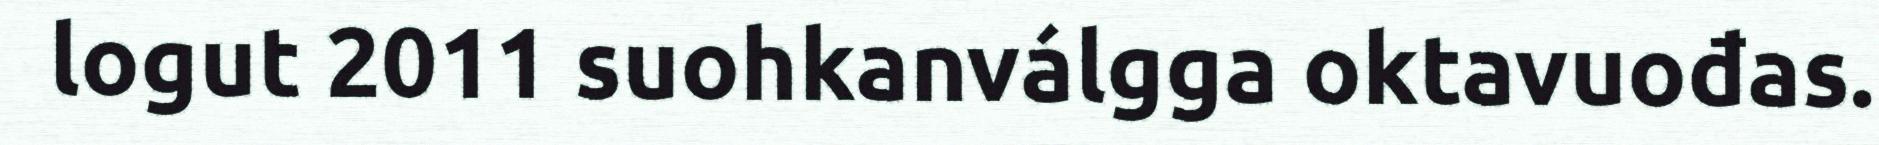
logut 2011 suohkanválgga oktavuođas.